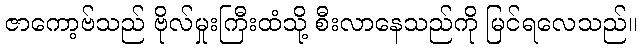
ဇာကော့ဗ်သည် ဗိုလ်မှုးကြီးထံသို့ စီးလာနေသည်ကို မြင်ရလေသည်။